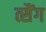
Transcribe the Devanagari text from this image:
त्सैंग